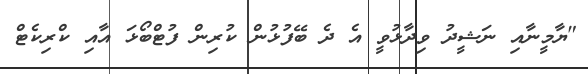
"ޔާމީނާއި ނަޝީދު ވިދާޅުވީ އެ ދެ ބޭފުޅުން ކުރިން ފުޓްބޯޅަ އާއި ކްރިކެޓް